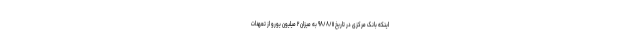
اینکه بانک مرکزی در تاریخ ۹۸/۸/۱۱ به میزان ۲ میلیون یورو از تعهدات